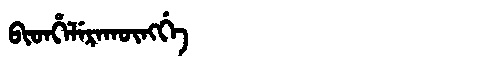
Manchu: ᠪᡳᡨᡥᡝᠯᡝᡵᠠᡴᡡᠩᡤᡝ
Romanization: BITHELERAKŪNGGE